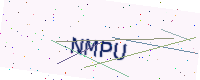
Text: NMPU